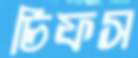
চিফস